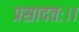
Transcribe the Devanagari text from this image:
प्रसादतः।।